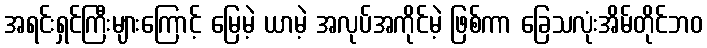
အရင်းရှင်ကြီးများကြောင့် မြေမဲ့ ယာမဲ့ အလုပ်အကိုင်မဲ့ ဖြစ်ကာ ခြေသလုံးအိမ်တိုင်ဘဝ